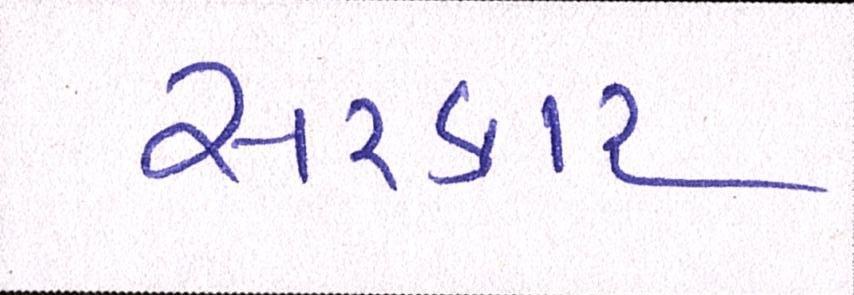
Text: સરકાર